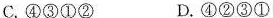
C.④③①② D.④②③①